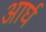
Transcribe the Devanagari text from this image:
आर्घ